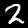
Label: 2